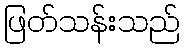
ဖြတ်သန်းသည်